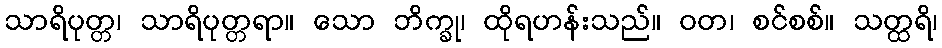
သာရိပုတ္တ၊ သာရိပုတ္တရာ။ သော ဘိက္ခု၊ ထိုရဟန်းသည်။ ဝတ၊ စင်စစ်။ သတ္ထရိ၊